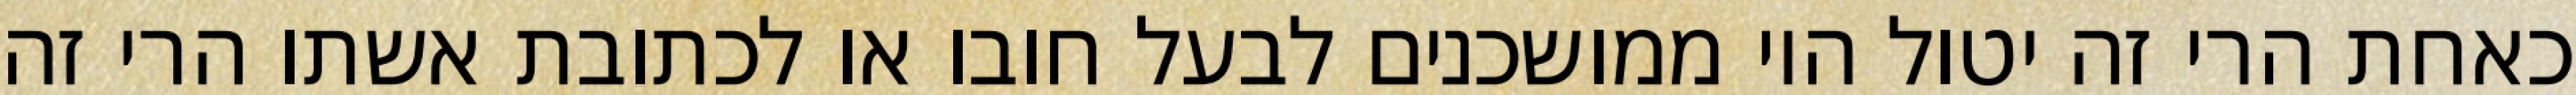
כאחת הרי זה יטול היו ממושכנים לבעל חובו או לכתובת אשתו הרי זה